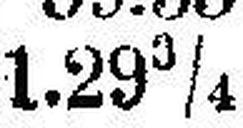
1.29¾